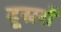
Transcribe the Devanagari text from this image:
दूस्ररों